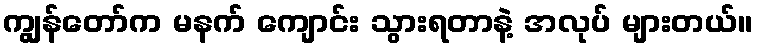
ကျွန်တော်က မနက် ကျောင်း သွားရတာနဲ့ အလုပ် များတယ်။